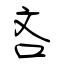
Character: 吝